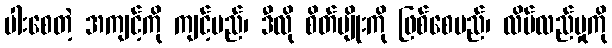
ပါးစေတဲ့ အကျင့်ကို ကျင့်မည်၊ ဒီလို စိတ်မျိုးကို ဖြစ်စေမည်၊ လိမ်လည်မှုကို